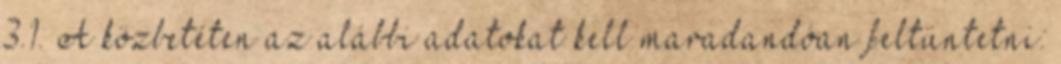
3.1. A közbetéten az alábbi adatokat kell maradandóan feltüntetni: